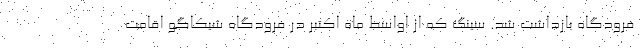
فرودگاه بازداشت شد. سینگ که از اواسط ماه اکتبر در فرودگاه شیکاگو اقامت